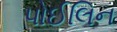
પોઈલિન